Leaving Certificate Examination (including Day School Certificate (Higher) General paper), 1933
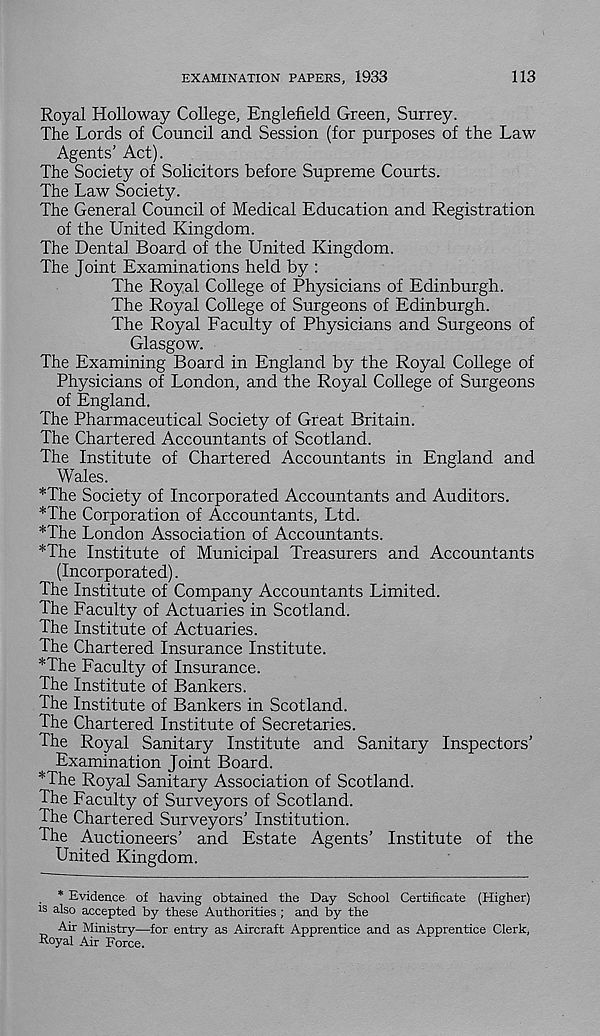
EXAMINATION PAPERS, 1933
113
Royal Holloway College, Englefield Green, Surrey.
The Lords of Council and Session (for purposes of the Law
Agents’ Act).
The Society of Solicitors before Supreme Courts.
The Law Society.
The General Council of Medical Education and Registration
of the United Kingdom.
The Dental Board of the United Kingdom.
The Joint Examinations held by :
The Royal College of Physicians of Edinburgh.
The Royal College of Surgeons of Edinburgh.
The Royal Faculty of Physicians and Surgeons of
Glasgow.
The Examining Board in England by the Royal College of
Physicians of London, and the Royal College of Surgeons
of England.
The Pharmaceutical Society of Great Britain.
The Chartered Accountants of Scotland.
The Institute of Chartered Accountants in England and
Wales.
*The Society of Incorporated Accountants and Auditors.
*The Corporation of Accountants, Ltd.
*The London Association of Accountants.
*The Institute of Municipal Treasurers and Accountants
(Incorporated).
The Institute of Company Accountants Limited.
The Faculty of Actuaries in Scotland.
The Institute of Actuaries.
The Chartered Insurance Institute.
*The Faculty of Insurance.
The Institute of Bankers.
The Institute of Bankers in Scotland.
The Chartered Institute of Secretaries.
The Royal Sanitary Institute and Sanitary Inspectors’
Examination Joint Board.
*The Royal Sanitary Association of Scotland.
The Faculty of Surveyors of Scotland.
The Chartered Surveyors’ Institution.
The Auctioneers’ and Estate Agents’ Institute of the
United Kingdom.
* Evidence of having obtained the Day School Certificate (Higher)
is also accepted by these Authorities ; and by the
Air Ministry—for entry as Aircraft Apprentice and as Apprentice Clerk,
Royal Air Force.